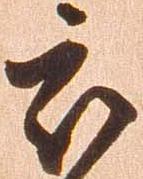
被